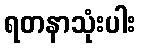
ရတနာသုံးပါး